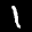
Label: 1